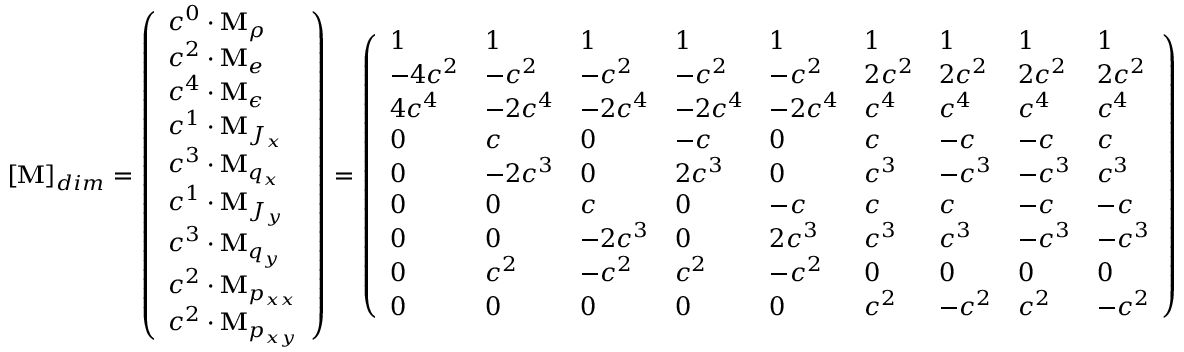
[ \mathbf { M } ] _ { d i m } = \left( \begin{array} { l } { c ^ { 0 } \cdot \mathbf { M } _ { \rho } } \\ { c ^ { 2 } \cdot \mathbf { M } _ { e } } \\ { c ^ { 4 } \cdot \mathbf { M } _ { \epsilon } } \\ { c ^ { 1 } \cdot \mathbf { M } _ { J _ { x } } } \\ { c ^ { 3 } \cdot \mathbf { M } _ { q _ { x } } } \\ { c ^ { 1 } \cdot \mathbf { M } _ { J _ { y } } } \\ { c ^ { 3 } \cdot \mathbf { M } _ { q _ { y } } } \\ { c ^ { 2 } \cdot \mathbf { M } _ { p _ { x x } } } \\ { c ^ { 2 } \cdot \mathbf { M } _ { p _ { x y } } } \end{array} \right) = \left( \begin{array} { l l l l l l l l l } { 1 } & { 1 } & { 1 } & { 1 } & { 1 } & { 1 } & { 1 } & { 1 } & { 1 } \\ { - 4 c ^ { 2 } } & { - c ^ { 2 } } & { - c ^ { 2 } } & { - c ^ { 2 } } & { - c ^ { 2 } } & { 2 c ^ { 2 } } & { 2 c ^ { 2 } } & { 2 c ^ { 2 } } & { 2 c ^ { 2 } } \\ { 4 c ^ { 4 } } & { - 2 c ^ { 4 } } & { - 2 c ^ { 4 } } & { - 2 c ^ { 4 } } & { - 2 c ^ { 4 } } & { c ^ { 4 } } & { c ^ { 4 } } & { c ^ { 4 } } & { c ^ { 4 } } \\ { 0 } & { c } & { 0 } & { - c } & { 0 } & { c } & { - c } & { - c } & { c } \\ { 0 } & { - 2 c ^ { 3 } } & { 0 } & { 2 c ^ { 3 } } & { 0 } & { c ^ { 3 } } & { - c ^ { 3 } } & { - c ^ { 3 } } & { c ^ { 3 } } \\ { 0 } & { 0 } & { c } & { 0 } & { - c } & { c } & { c } & { - c } & { - c } \\ { 0 } & { 0 } & { - 2 c ^ { 3 } } & { 0 } & { 2 c ^ { 3 } } & { c ^ { 3 } } & { c ^ { 3 } } & { - c ^ { 3 } } & { - c ^ { 3 } } \\ { 0 } & { c ^ { 2 } } & { - c ^ { 2 } } & { c ^ { 2 } } & { - c ^ { 2 } } & { 0 } & { 0 } & { 0 } & { 0 } \\ { 0 } & { 0 } & { 0 } & { 0 } & { 0 } & { c ^ { 2 } } & { - c ^ { 2 } } & { c ^ { 2 } } & { - c ^ { 2 } } \end{array} \right)